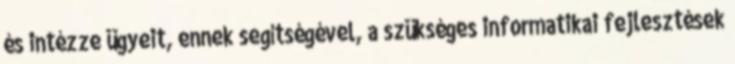
és intézze ügyeit, ennek segítségével, a szükséges informatikai fejlesztések